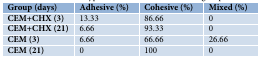
| Group (days) | Adhesive (%) | Cohesive (%) | Mixed (%) |
 | --- | --- | --- | --- |
 | CEM+CHX (3) | 13.33 | 86.66 | 0 |
 | CEM+CHX (21) | 6.66 | 93.33 | 0 |
 | CEM (3) | 6.66 | 66.66 | 26.66 |
 | CEM (21) | 0 | 100 | 0 |